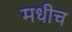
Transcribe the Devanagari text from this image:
मधीच